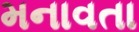
મનાવતા